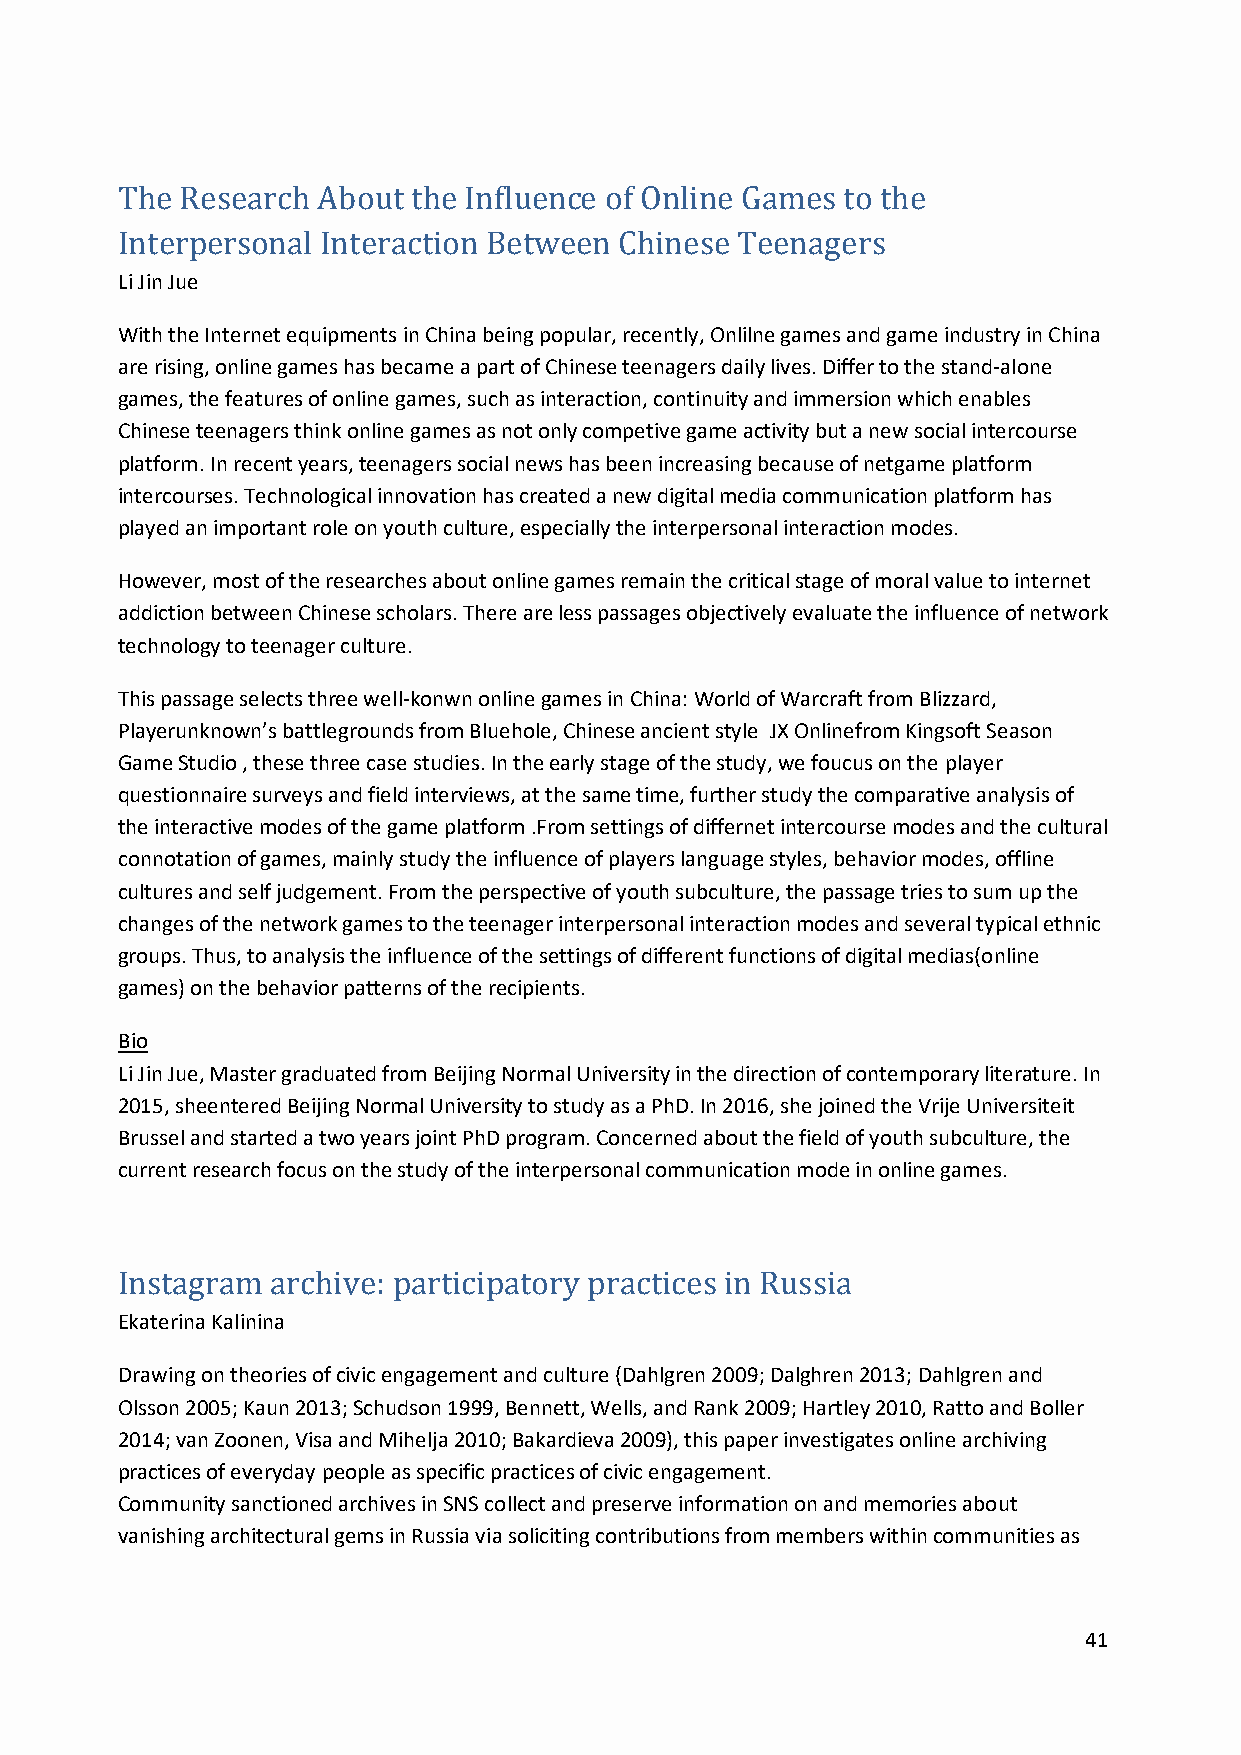
The Research About the Influence of Online Games to the
 Li Jin Jue
 Interpersonal Interaction Between Chinese Teenagers
 With the Internet equipments in China being popular, recently, Onlilne games and game industry in China
 are rising, online games has became a part of Chinese teenagers daily lives. Differ to the stand-alone
 games, the features of online games, such as interaction, continuity and immersion which enables
 Chinese teenagers think online games as not only competive game activity but a new social intercourse
 platform. In recent years, teenagers social news has been increasing because of netgame platform
 intercourses. Technological innovation has created a new digital media communication platform has
 played an important role on youth culture, especially the interpersonal interaction modes.
 However, most of the researches about online games remain the critical stage of moral value to internet
 addiction between Chinese scholars. There are less passages objectively evaluate the influence of network
 technology to teenager culture.
 This passage selects three well-konwn online games in China: World of Warcraft from Blizzard,
 Playerunknown’s battlegrounds from Bluehole, Chinese ancient style JX Onlinefrom Kingsoft Season
 Game Studio , these three case studies. In the early stage of the study, we foucus on the player
 questionnaire surveys and field interviews, at the same time, further study the comparative analysis of
 the interactive modes of the game platform .From settings of differnet intercourse modes and the cultural
 connotation of games, mainly study the influence of players language styles, behavior modes, offline
 cultures and self judgement. From the perspective of youth subculture, the passage tries to sum up the
 changes of the network games to the teenager interpersonal interaction modes and several typical ethnic
 groups. Thus, to analysis the influence of the settings of different functions of digital medias(online
 games) on the behavior patterns of the recipients.
 Bio
 Li Jin Jue, Master graduated from Beijing Normal University in the direction of contemporary literature. In
 2015, sheentered Beijing Normal University to study as a PhD. In 2016, she joined the Vrije Universiteit
 Brussel and started a two years joint PhD program. Concerned about the field of youth subculture, the
 current research focus on the study of the interpersonal communication mode in online games.
 Ekaterina Kalinina
 Instagram archive: participatory practices in Russia
 Drawing on theories of civic engagement and culture (Dahlgren 2009; Dalghren 2013; Dahlgren and
 Olsson 2005; Kaun 2013; Schudson 1999, Bennett, Wells, and Rank 2009; Hartley 2010, Ratto and Boller
 2014; van Zoonen, Visa and Mihelja 2010; Bakardieva 2009), this paper investigates online archiving
 practices of everyday people as specific practices of civic engagement.
 Community sanctioned archives in SNS collect and preserve information on and memories about
 vanishing architectural gems in Russia via soliciting contributions from members within communities as
 41